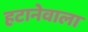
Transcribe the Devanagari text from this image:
हटानेवाला